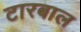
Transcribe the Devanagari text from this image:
टारबाल